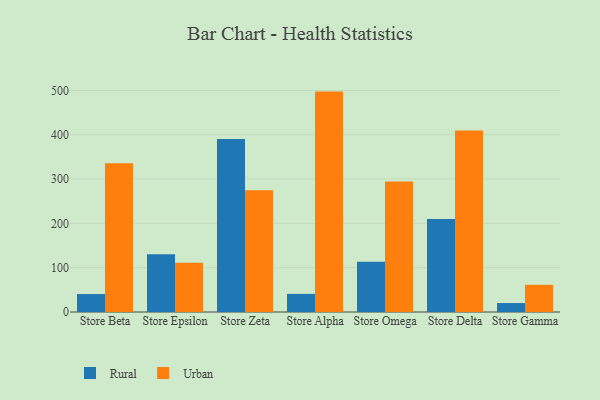
{"axis": {"x": "Store", "y": "Customer Acquisition Cost (USD)"}, "legend": ["Rural", "Urban"], "data": [{"x": "Store Beta", "y": 40.5, "type": "Rural"}, {"x": "Store Beta", "y": 335.8, "type": "Urban"}, {"x": "Store Epsilon", "y": 130.4, "type": "Rural"}, {"x": "Store Epsilon", "y": 111.2, "type": "Urban"}, {"x": "Store Zeta", "y": 390.7, "type": "Rural"}, {"x": "Store Zeta", "y": 274.6, "type": "Urban"}, {"x": "Store Alpha", "y": 40.9, "type": "Rural"}, {"x": "Store Alpha", "y": 497.5, "type": "Urban"}, {"x": "Store Omega", "y": 113.3, "type": "Rural"}, {"x": "Store Omega", "y": 294.3, "type": "Urban"}, {"x": "Store Delta", "y": 209.9, "type": "Rural"}, {"x": "Store Delta", "y": 409.6, "type": "Urban"}, {"x": "Store Gamma", "y": 20.2, "type": "Rural"}, {"x": "Store Gamma", "y": 61.4, "type": "Urban"}]}